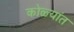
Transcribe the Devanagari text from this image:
कोळ्यांत